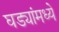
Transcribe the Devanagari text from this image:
घड्यांमध्ये